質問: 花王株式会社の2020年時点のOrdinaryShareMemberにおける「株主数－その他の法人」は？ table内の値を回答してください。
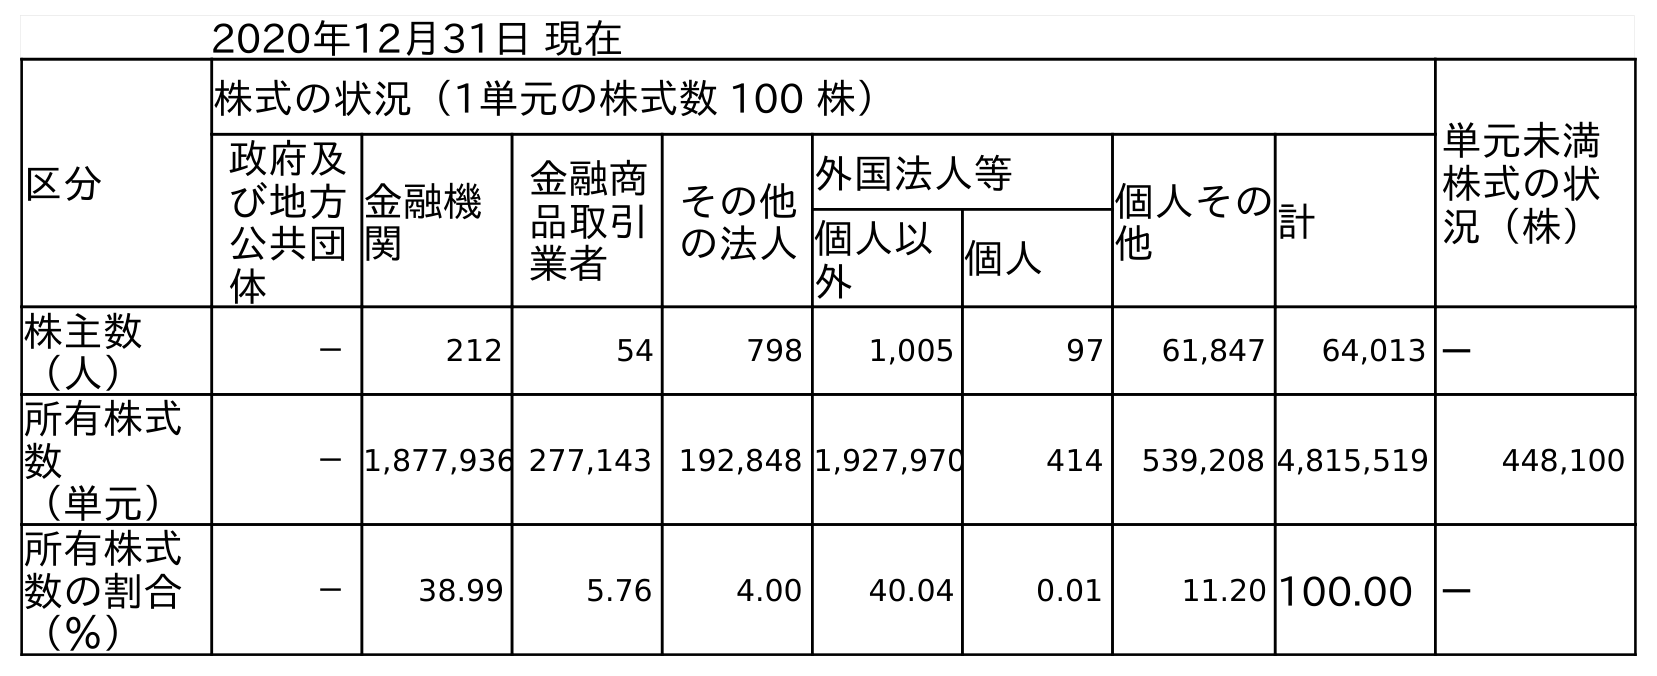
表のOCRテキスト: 2020年12月31日 現在 区分 株式の状況（1単元の株式数 100 株） 単元未満 株式の状 況（株） 政府及 び地方 公共団 体 金融機 関 金融商 品取引 業者 その他 の法人 外国法人等 個人その 他 計 個人以 外 個人 株主数 （人） － 212 54 798 1,005 97 61,847 64,013 － 所有株式 数 （単元） －1,877,936 277,143 192,848 1,927,970 414 539,208 4,815,519 448,100 所有株式 数の割合 （％） － 38.99 5.76 4.00 40.04 0.01 11.20 100.00 －
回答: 798